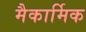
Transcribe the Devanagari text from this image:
मैकार्मिक